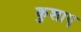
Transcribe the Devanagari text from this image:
कुशाए